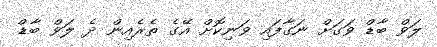
ލަވް ބާޑް ވަގަށް ނަގާފައި ވަނިކޮށް އޭގެ ތެރެއިން ދެ ލަވް ބާޑް